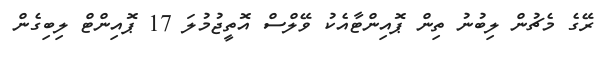
ރޭގެ މެޗުން ލިބުނު ތިން ޕޮއިންޓާއެކު ވޭލްސް އޮތީޖުމުލަ 17 ޕޮއިންޓް ލިބިގެން